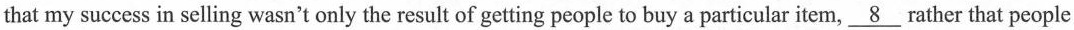
that my success in selling wasn't only the result of getting people to buy a particular item, \underline{8} rather that people